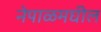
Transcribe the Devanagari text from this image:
नेपाळमघील